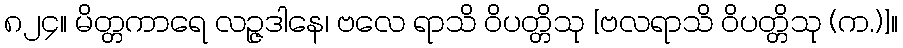
၈၂၄။ မိတ္တကာရေ လဉ္ဇဒါနေ၊ ဗလေ ရာသိ ဝိပတ္တိသု [ဗလရာသိ ဝိပတ္တိသု (က.)]။